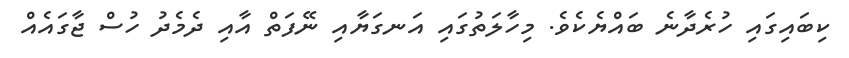
ކިބައިގައި ހުރެދާނެ ބައްޔެކެވެ. މިހާލަތުގައި އަނގަޔާއި ނޭފަތް އާއި ދެމެދު ހުސް ޖާގައެއް